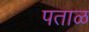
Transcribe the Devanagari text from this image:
पताळ